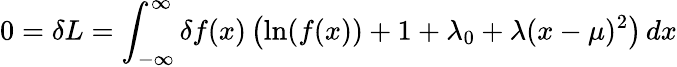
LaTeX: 0=\delta L=\int_{-\infty}^{\infty}\delta f(x)\left(\ln(f(x))+1+\lambda_{0}+\lambda(x-\mu)^{2}\right)\, dx